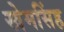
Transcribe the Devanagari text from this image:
खेमसिंह